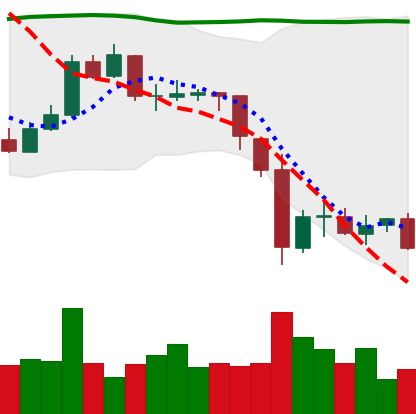
Ticker: BTC-USD
Chart end date: 2015-06-07
Forward return: 3.186%
Label: up_3_5